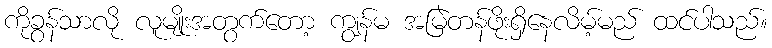
ကိုခွန်သာလို လူမျိုးအတွက်တော့ ကျွန်မ အမြဲတန်ဖိုးရှိနေလိမ့်မည် ထင်ပါသည်။